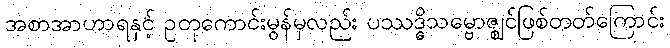
အစာအာဟာရနှင့် ဥတုကောင်းမွန်မှလည်း ပဿဒ္ဓိသမ္ဗောဇ္ဈင်ဖြစ်တတ်ကြောင်း